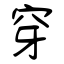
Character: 穿